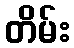
တိမ်း